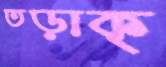
তড়াক্‌